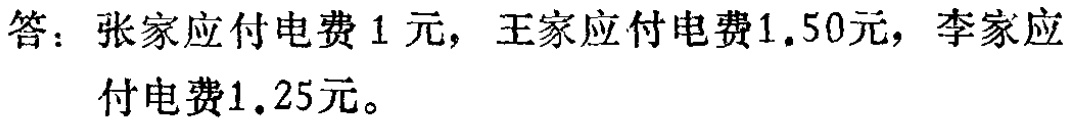
答：张家应付电费\(1\)元，王家应付电费\(1.50\)元，李家应付电费\(1.25\)元。